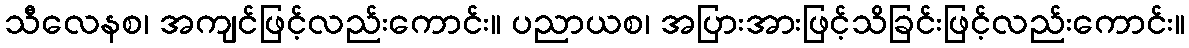
သီလေနစ၊ အကျင်ဖြင့်လည်းကောင်း။ ပညာယစ၊ အပြားအားဖြင့်သိခြင်းဖြင့်လည်းကောင်း။